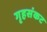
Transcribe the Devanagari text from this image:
गृहसंकट